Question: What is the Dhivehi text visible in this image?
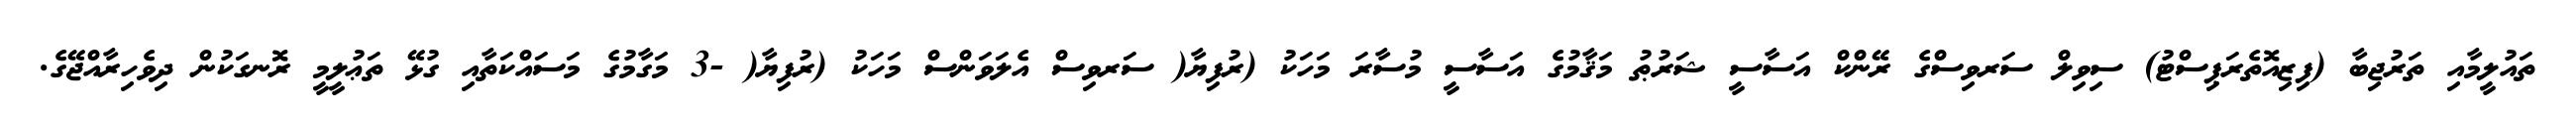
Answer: ތައުލީމާއި ތަރުޖިބާ (ފިޒިއޮތެރަޕިސްޓު) ސިވިލް ސަރވިސްގެ ރޭންކް އަސާސީ ޝަރުޠު މަޤާމުގެ އަސާސީ މުސާރަ މަހަކު (ރުފިޔާ( ސަރވިސް އެލަވަންސް މަހަކު (ރުފިޔާ( -3 މަގާމުގެ މަސައްކަތާއި ގުޅޭ ތަޢުލީމީ ރޮނގަކުން ދިވެހިރާއްޖޭގެ.